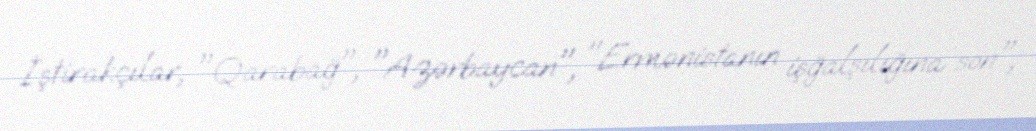
İştirakçılar, "Qarabağ", "Azərbaycan", "Ermənistanın işğalşılığına son",